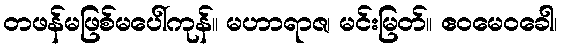
တဖန်မဖြစ်မပေါ်ကုန်။ မဟာရာဇ၊ မင်းမြတ်။ ဧဝမေဝခေါ၊